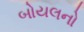
બોયલનો